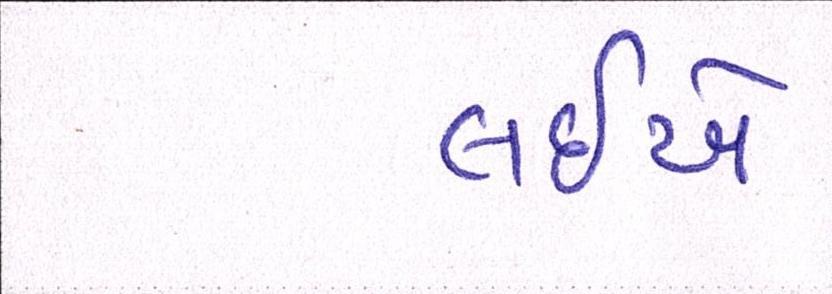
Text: લઈએ